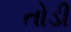
તોડી